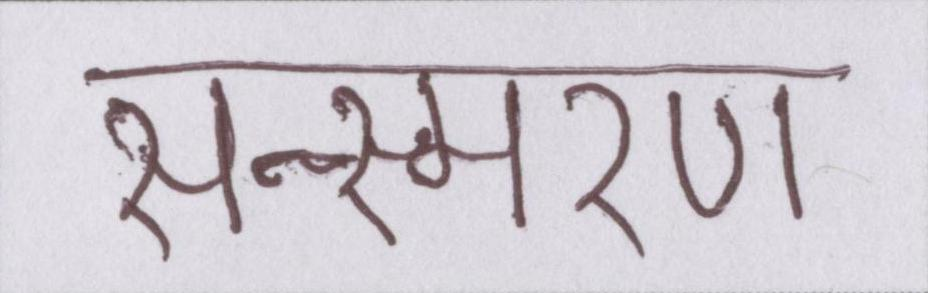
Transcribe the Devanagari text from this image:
सन्स्मरण